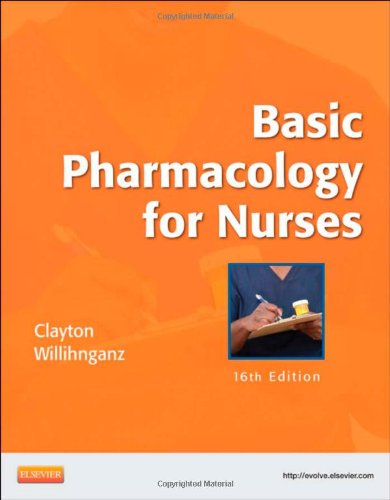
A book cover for Basic Pharmacology for Nurses, 16e; Bruce D. Clayton BS  PharmD  RPh; Medical Books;